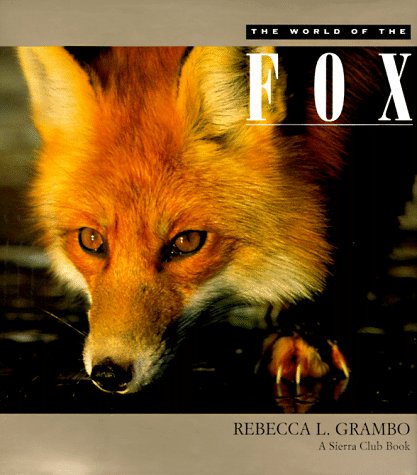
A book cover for The World of the Fox; Rebecca L. Grambo; Sports & Outdoors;